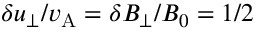
\delta u _ { \perp } / v _ { \mathrm { A } } = \delta B _ { \perp } / B _ { 0 } = 1 / 2